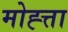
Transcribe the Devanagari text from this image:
मोह्त्ता